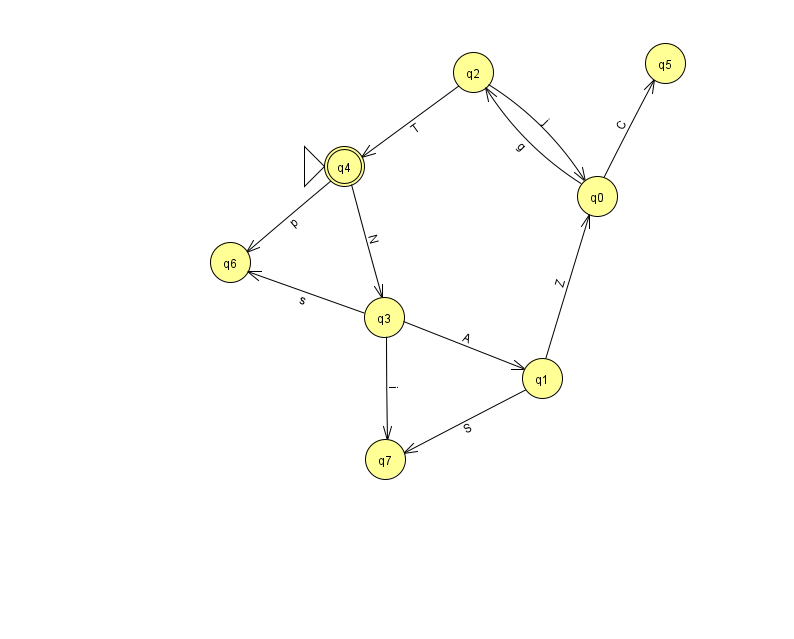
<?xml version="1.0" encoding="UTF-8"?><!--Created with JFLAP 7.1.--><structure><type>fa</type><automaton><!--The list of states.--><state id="0" name="q0"><x>597.0</x><y>183.0</y></state><state id="1" name="q1"><x>542.0</x><y>365.0</y></state><state id="2" name="q2"><x>473.0</x><y>59.0</y></state><state id="3" name="q3"><x>384.0</x><y>304.0</y></state><state id="4" name="q4"><x>344.0</x><y>153.0</y><initial/><final/></state><state id="5" name="q5"><x>665.0</x><y>50.0</y></state><state id="6" name="q6"><x>230.0</x><y>249.0</y></state><state id="7" name="q7"><x>385.0</x><y>446.0</y></state><!--The list of transitions.--><transition><from>3</from><to>7</to><read>i</read></transition><transition><from>0</from><to>5</to><read>C</read></transition><transition><from>3</from><to>6</to><read>s</read></transition><transition><from>4</from><to>3</to><read>N</read></transition><transition><from>2</from><to>4</to><read>T</read></transition><transition><from>1</from><to>0</to><read>Z</read></transition><transition><from>3</from><to>1</to><read>A</read></transition><transition><from>0</from><to>2</to><read>g</read></transition><transition><from>2</from><to>0</to><read>j</read></transition><transition><from>4</from><to>6</to><read>p</read></transition><transition><from>1</from><to>7</to><read>S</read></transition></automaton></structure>